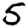
Digit: 5